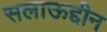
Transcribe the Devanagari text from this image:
सलाऊद्दीन